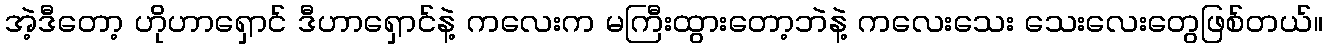
အဲ့ဒီတော့ ဟိုဟာရှောင် ဒီဟာရှောင်နဲ့ ကလေးက မကြီးထွားတော့ဘဲနဲ့ ကလေးသေး သေးလေးတွေဖြစ်တယ်။